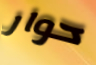
حوار